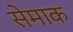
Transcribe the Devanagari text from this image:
सेमाक